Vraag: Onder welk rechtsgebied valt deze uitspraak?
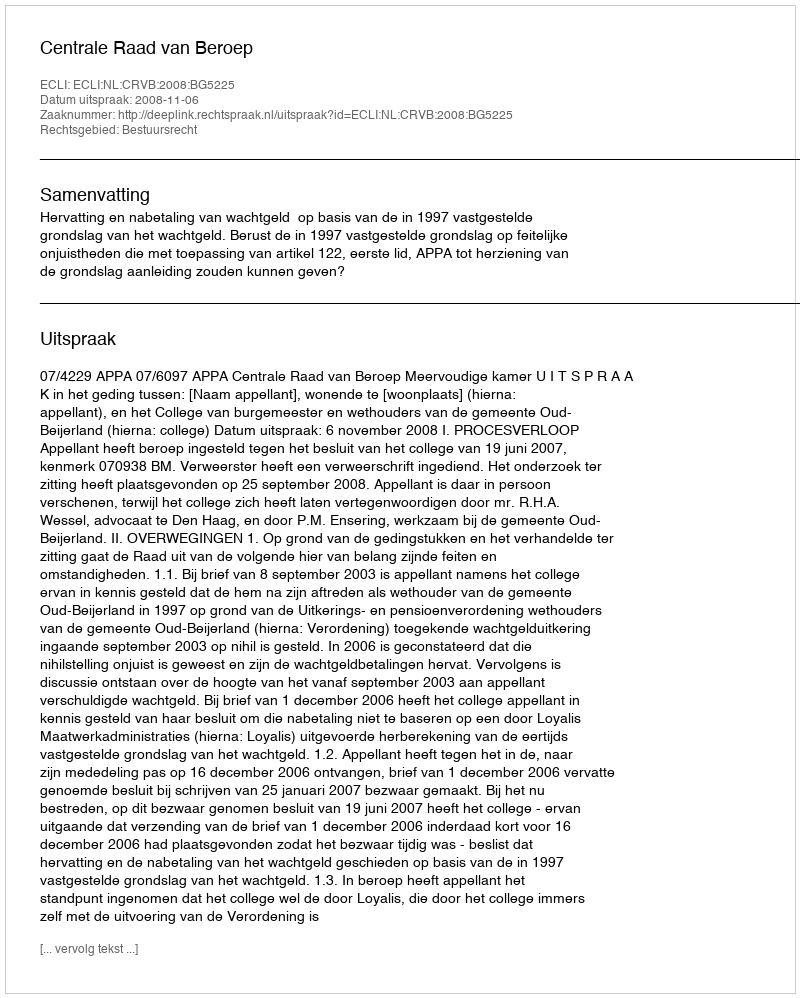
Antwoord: Bestuursrecht